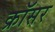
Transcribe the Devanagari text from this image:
क्रॉसर